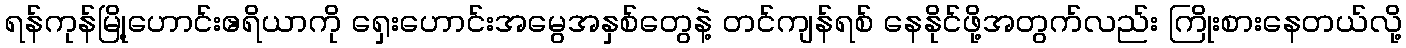
ရန်ကုန်မြို့ဟောင်းဧရိယာကို ရှေးဟောင်းအမွေအနှစ်တွေနဲ့ တင်ကျန်ရစ် နေနိုင်ဖို့အတွက်လည်း ကြိုးစားနေတယ်လို့